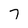
Character: 7